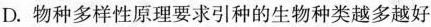
D. 物种多样性原理要求引种的生物种类越多越好